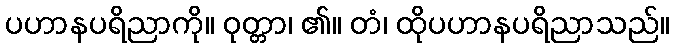
ပဟာနပရိညာကို။ ဝုတ္တာ၊ ၏။ တံ၊ ထိုပဟာနပရိညာသည်။